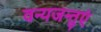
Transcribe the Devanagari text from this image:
वन्यजन्तुएं